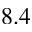
8 . 4